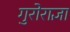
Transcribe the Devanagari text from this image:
गुरोराज्ञा